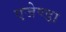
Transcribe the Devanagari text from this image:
एजेण्‍डा